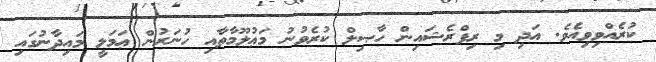
ކުރެއްވިވިއެވެ. އަދި މި ރިފްރެޝައިން ހާޞިލް ކުރެވުނު މަޢުލޫމާތާއި ހުނަރުން ޢަމަލީ މައިދާނުގައި